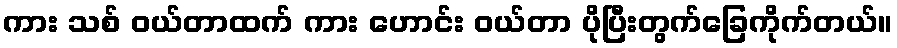
ကား သစ် ဝယ်တာထက် ကား ဟောင်း ဝယ်တာ ပိုပြီးတွက်ခြေကိုက်တယ်။